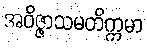
အဝိဇ္ဇာသမတိက္ကမာ